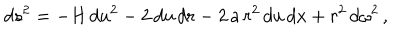
d s ^ { 2 } = - H \, d u ^ { 2 } - 2 \, d u \, d r - 2 \, a \, r ^ { 2 } \, d u \, d x + r ^ { 2 } \, d \omega ^ { 2 } \, ,